Annual report of the Bengal Veterinary College and of the Civil Veterinary Department, Bengal, for the year 1899-1900 - 1899-1900
Year: 1899
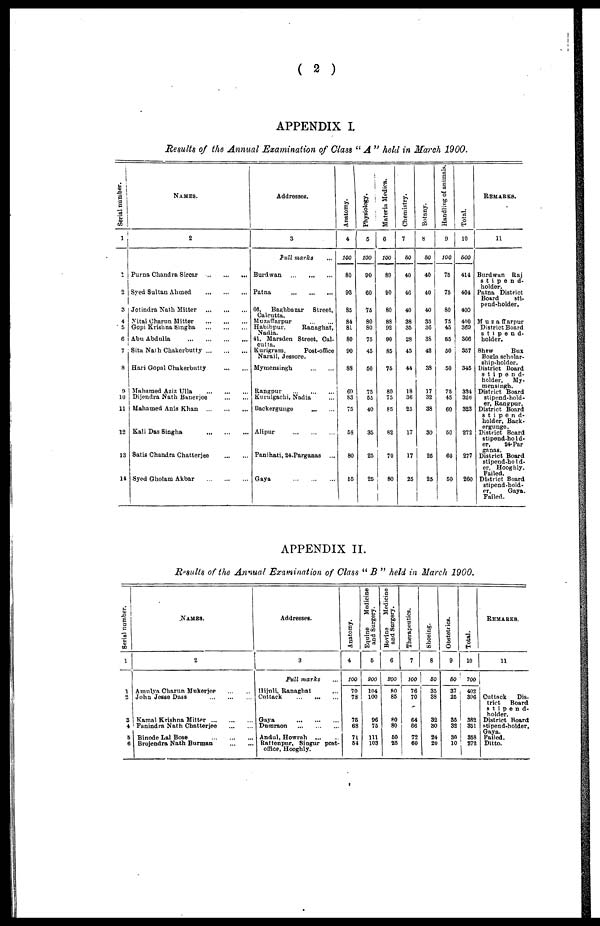
( 2 )
APPENDIX I.
Results of the Annual Examination of Class " A " held in March 1900.
Serial number.
1
2
3
4
5
6
7
8
9
10
11
12
18
14
Names.
2
Purna Chandra Sircar ... ... ...
Syed Sultan Ahmed ... ... ...
Jotindra Nath Mitter ... ... ...
Nitai Charun Mitter ... ... ...
Gopi Krishna Singha ... ... ...
Abu Abdulla ... ... ... ...
Sita Nath Chakerbutty ... ... ...
Hari Gopal Chakerbutty ... ...
Mahamed Aziz Ulla ... ... ...
Dijendra Nath Banerjee ... ...
Mahamed Anis Khan ... ... ...
Kali Das Singha ... ... ...
Satis Chandra Chatterjee ... ...
Syed Gholam Akbar ... ... ...
Addresses.
3
Full marks ...
Burdwan ... ... ...
Patna ... ... ...
66, Baghbazar
Street,
Calcutta.
Muzaffarpur ... ...
Habibpur,
Ranaghat,
Nadia.
41, Marsden Street, Cal-
cutta.
Kurigram,
Post-office
Narail, Jessore.
Mymensingh ... ...
Rangpur ... ... ...
Kurulgachi, Nadia ... ...
Backergunge ... ...
Alipur ... ... ...
Panihati, 24-Parganas ...
Gaya ... ... ...
Anatomy.
4
100
80
93
85
84
81
80
90
88
60
S3
75
58
80
65
Physiology.
5
100
90
60
75
80
80
75
45
50
75
55
40
35
25
25
Materia Medica.
6
100
89
90
80
88
92
90
85
75
80
75
85
82
70
80
Chemistry.
7
50
40
46
40
38
35
28
45
44
18
36
25
17
17
25
Botany.
8
50
40
40
40
35
36
38
42
38
17
32
38
30
25
25
Handling of animals.
9
100
75
75
80
75
45
55
50
50
75
45
60
50
60
50
Total.
10
500
414
404
400
400
369
366
357
345
334
326
323
272
277
260
Remarks.
11
Burdwan Raj
stipend-
holder.
Patna District
Board
sti-
pend-holder.
Muzaffarpur
District Board
stipend-
holder.
Shew
Bux
Bogla scholar-
ship-holder.
District Board
stipend-
holder,
My-
mensingh.
District Board
stipend-hold-
er, Rangpur.
District Board
stipend-
holder, Back-
ergunge.
District Board
stipend-hold-
er,
24-Par
ganas.
District Board
stipend-hold-
er, Hooghly.
Failed.
District Board
stipend-hold-
er,
Gaya.
Failed.
APPENDIX II.
Results of the Annual Examination of Class " B " held in March 1900.
Serial number.
1
1
2
3
4
5
6
Names.
2
Amulya Charun Mukerjee ... ... ...
Joha Jesse Dass ... ... ...
Kamal Krishna Mitter ... ... ...
Fanindra Nath Chatterjee ... ...
Binode Lal Bose ... ... ...
Brojendra Nath Burman ... ...
Addresses.
3
Full marks ...
Hijnli, Ranaghat ...
Cuttack ... ... ...
Gaya ... ... ...
Dumraon ... ... ...
Andul, Howrah ... ...
Rattenpur, Singur post-
office, Hooghly.
Anatomy.
4
100
70
78
75
68
71
54
Equine
Medicine
and Surgery.
5
200
104
100
96
75
111
103
Bovine
Medicine
and Surgery.
6
200
80
85
80 80
50
25
Therapeutics.
7
100
76
70
64
66
72
60
Shoeing.
8
50
35
38
32
30
24
20
Obstetrics.
9
50
37
25
35
32
30
10
Total.
10
700
402
396
382
351
358
272
Remarks.
11
Cuttack
Dis-
trict
Board
stipend-
holder.
District Board
stipend-holder,
Failed.
Ditto.